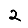
Digit: 2